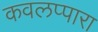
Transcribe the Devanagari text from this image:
कवलप्पारा